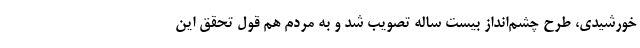
خورشیدی، طرح چشم‌انداز بیست ساله تصویب شد و به مردم هم قول تحقّق این